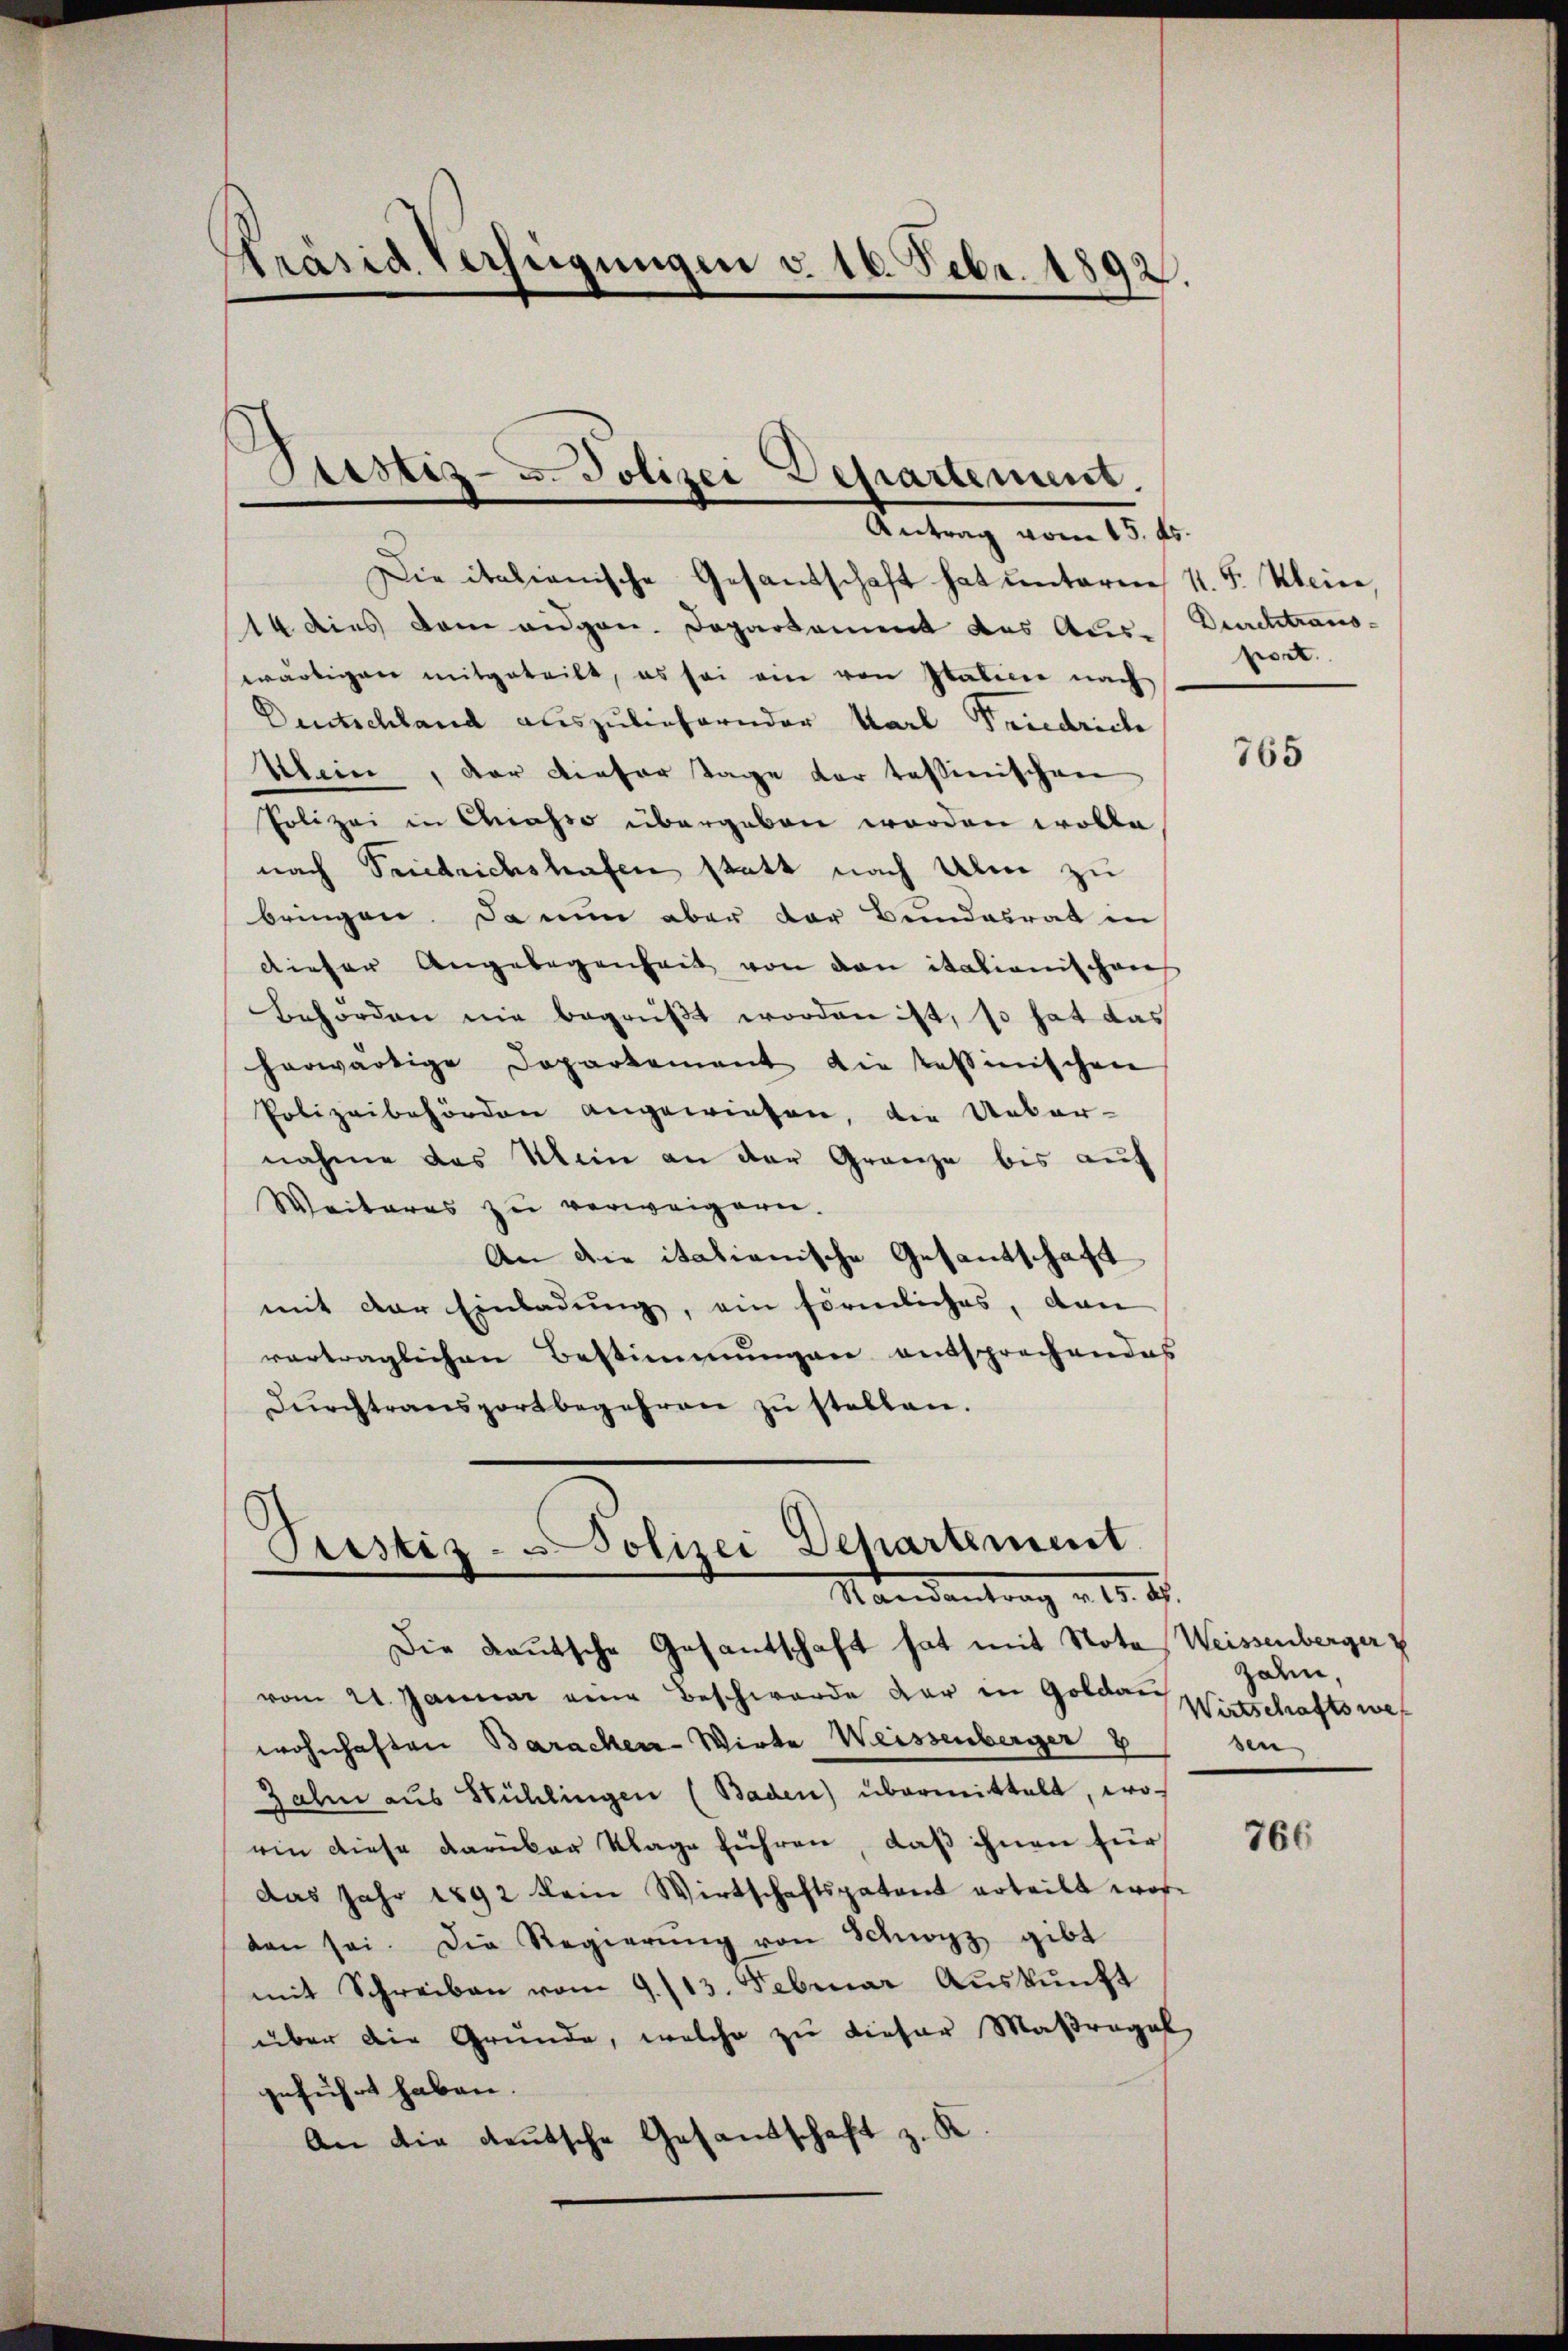
Präsid. Verfügungen v. 16. Febr. 1892.

Sistiz- u. Polizei Departement.
Antrag vom 15. ds.

Die italianische Gesandschaft hat unterm 11. F. Kleine,
14 dies dem eidgen. Departament des Aus-
wärtigen mitgeteilt, es sei ein von Italien nach
Deutschland auszuliefernder Karl Friedrich
Alern, der Liefer Tage der tessinischen
Polizei in Chiasso übergeben worden wolle
nach Friedrichshafen statt nach Ulm zu
bringen. Da nun aber der Bundesrat in
dieser Angelegenheit von den itationischen
Behörden nie begrüßt worden ist, so hat das
herwärtige Departement die tessinischen
Polizeibehörden angewiesen, die Ueber-
nahme das Mein an der Gränze bis auf
Weiteres zu verweigern.
An die itationische Gesantschaft
mit der Einladung, ein förmliches, dan
vertraglichen Bestimmungen entsprechendes
Dŭrchtransportbegehren zŭ stellen.

Prestiz- u Polizei Departement
Standentrag v. 5. d.

Die Kautsche Gesantschaft hat mit Nota Weissenberger z
vom 21. Januar eine Beschwerde der in Goldau
wohnhaften Baracken-Wirte Weissenberger 8
Jahn aus Stühlingen (Baden) übermittelt, woein diese darüber Klage führen, daß ihnen für
das Jahr 1892 kein Wirtschaftspatent erteilt word
den sei. Die Regierŭng von Schwyz gibt
mit Schreiben vom 9./13. Februar Aŭskŭnft
über die Gründe, welche zu dieser Maßregel
geführt haben.
An die deutsche Gesandtschaft z. K.

Durchtransport.

765

zalen,
Wirtschaftswes
sen

766